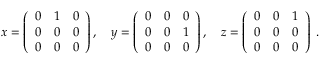
x = \left( { \begin{array} { c c c } { 0 } & { 1 } & { 0 } \\ { 0 } & { 0 } & { 0 } \\ { 0 } & { 0 } & { 0 } \end{array} } \right) , \quad y = \left( { \begin{array} { c c c } { 0 } & { 0 } & { 0 } \\ { 0 } & { 0 } & { 1 } \\ { 0 } & { 0 } & { 0 } \end{array} } \right) , \quad z = \left( { \begin{array} { c c c } { 0 } & { 0 } & { 1 } \\ { 0 } & { 0 } & { 0 } \\ { 0 } & { 0 } & { 0 } \end{array} } \right) ~ . \quad